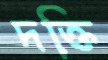
দক্তি